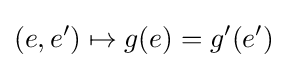
(e,e')\mapsto g(e)=g'(e')